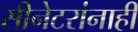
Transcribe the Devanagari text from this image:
सीनेटरांनाही